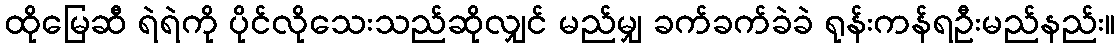
ထိုမြေဆီ ရဲရဲကို ပိုင်လိုသေးသည်ဆိုလျှင် မည်မျှ ခက်ခက်ခဲခဲ ရုန်းကန်ရဦးမည်နည်း။